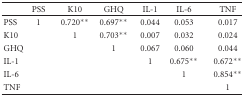
<table><thead><tr><td></td><td><b>PSS</b></td><td><b>K10</b></td><td><b>GHQ</b></td><td><b>IL-1</b></td><td><b>IL-6</b></td><td><b>TNF</b></td></tr></thead><tbody><tr><td>PSS</td><td>1</td><td>0.720**</td><td>0.697**</td><td>0.044</td><td>0.053</td><td>0.017</td></tr><tr><td>K10</td><td></td><td>1</td><td>0.703**</td><td>0.007</td><td>0.032</td><td>0.024</td></tr><tr><td>GHQ</td><td></td><td></td><td>1</td><td>0.067</td><td>0.060</td><td>0.044</td></tr><tr><td>IL-1</td><td></td><td></td><td></td><td>1</td><td>0.675**</td><td>0.672**</td></tr><tr><td>IL-6</td><td></td><td></td><td></td><td></td><td>1</td><td>0.854**</td></tr><tr><td>TNF</td><td></td><td></td><td></td><td></td><td></td><td>1</td></tr></tbody></table>